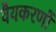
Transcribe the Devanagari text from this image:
वैयकरणों